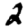
Digit: 2